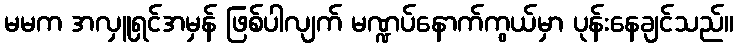
မမက အလှူရှင်အမှန် ဖြစ်ပါလျက် မဏ္ဍပ်နောက်ကွယ်မှာ ပုန်းနေချင်သည်။